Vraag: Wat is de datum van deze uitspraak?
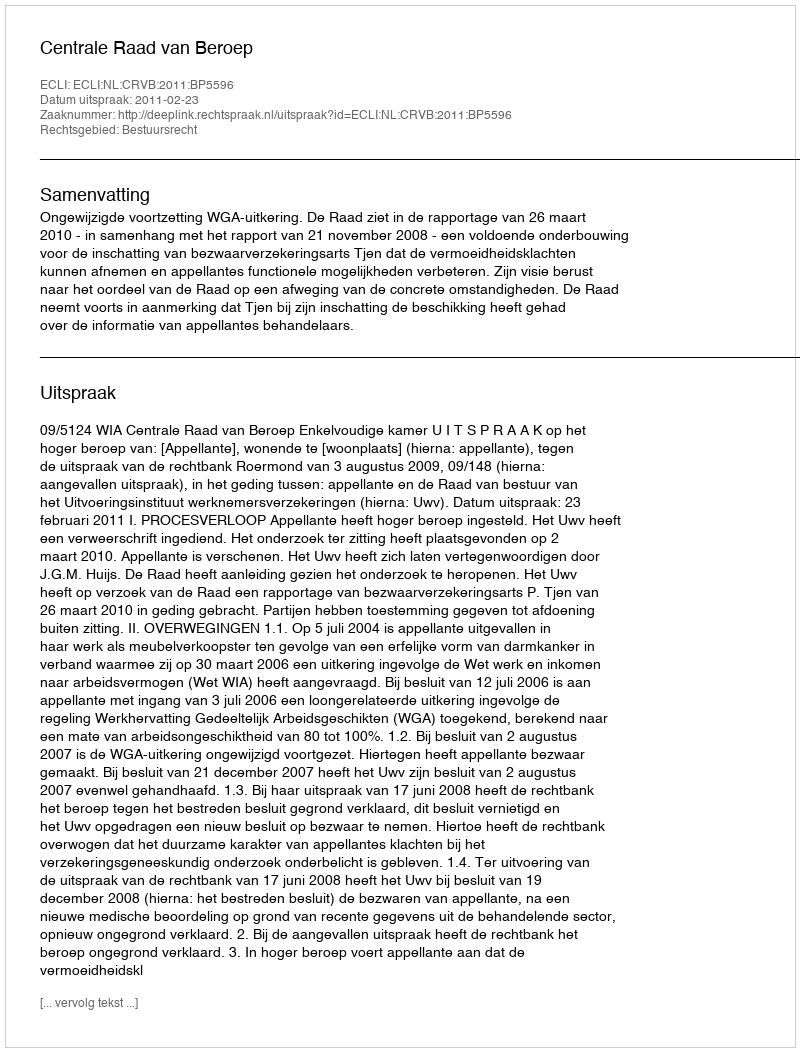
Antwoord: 2011-02-23